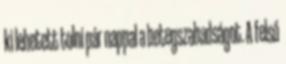
ki lehetett tolni pár nappal a betegszabadságot. A felső